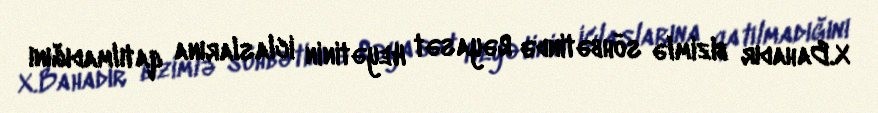
X.Bahadır bizimlə söhbətində Rəyasət Heyətinin iclaslarına qatılmadığını